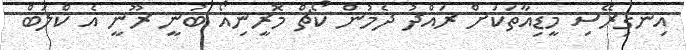
އިނގިރޭސި މީޑިއާތަކަށް ރައްދު ދެމުން ކޯޗް މޮރީނިއޯ ބުނީ ރޫނީ އެ ކްލަބް